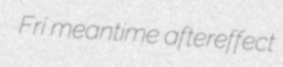
Fri meantime aftereffect